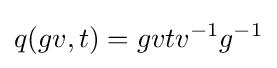
q(gv,t)=gvtv^{-1}g^{-1}